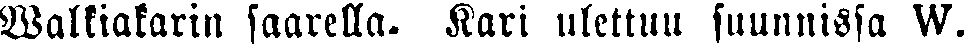
Walkiakarin saarella. Kari ulettuu suunnissa W.